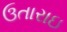
ઉતારાઇ